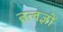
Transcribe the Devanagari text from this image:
तत्वज्ञों